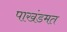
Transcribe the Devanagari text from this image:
पाखंडमत